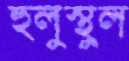
হুলুস্থুল